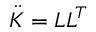
\ddot { K } = L L ^ { T }